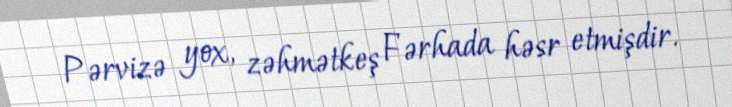
Pərvizə yox, zəhmətkeş Fərhada həsr etmişdir.